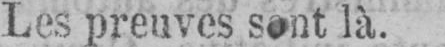
là.